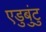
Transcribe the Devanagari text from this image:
एडुबुंटु